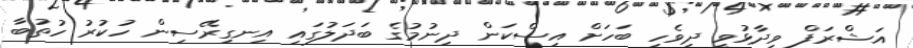
އަޝްރަފް ވިދާޅުވީ ދިވެހި ބަހަށް އިސްކަން ދިނުމުގެ ބަދަލުގައި އިނގިރޭސިން ހުކުރު ހުތުބާ